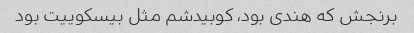
برنجش که هندی بود، کوبیدشم مثل بیسکوییت بود